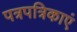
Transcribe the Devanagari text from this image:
पत्रपत्रिकाएं